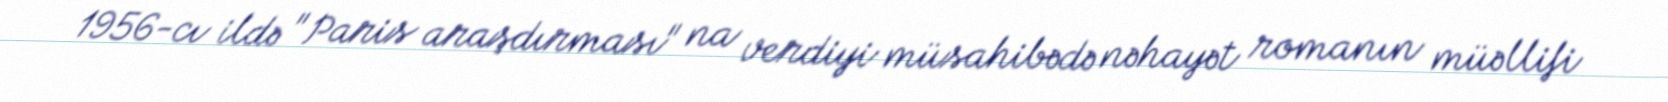
1956-cı ildə "Paris araşdırması" na verdiyi müsahibədə nəhayət romanın müəllifi